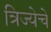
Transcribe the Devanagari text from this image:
त्रिज्येचे